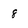
Character: 8